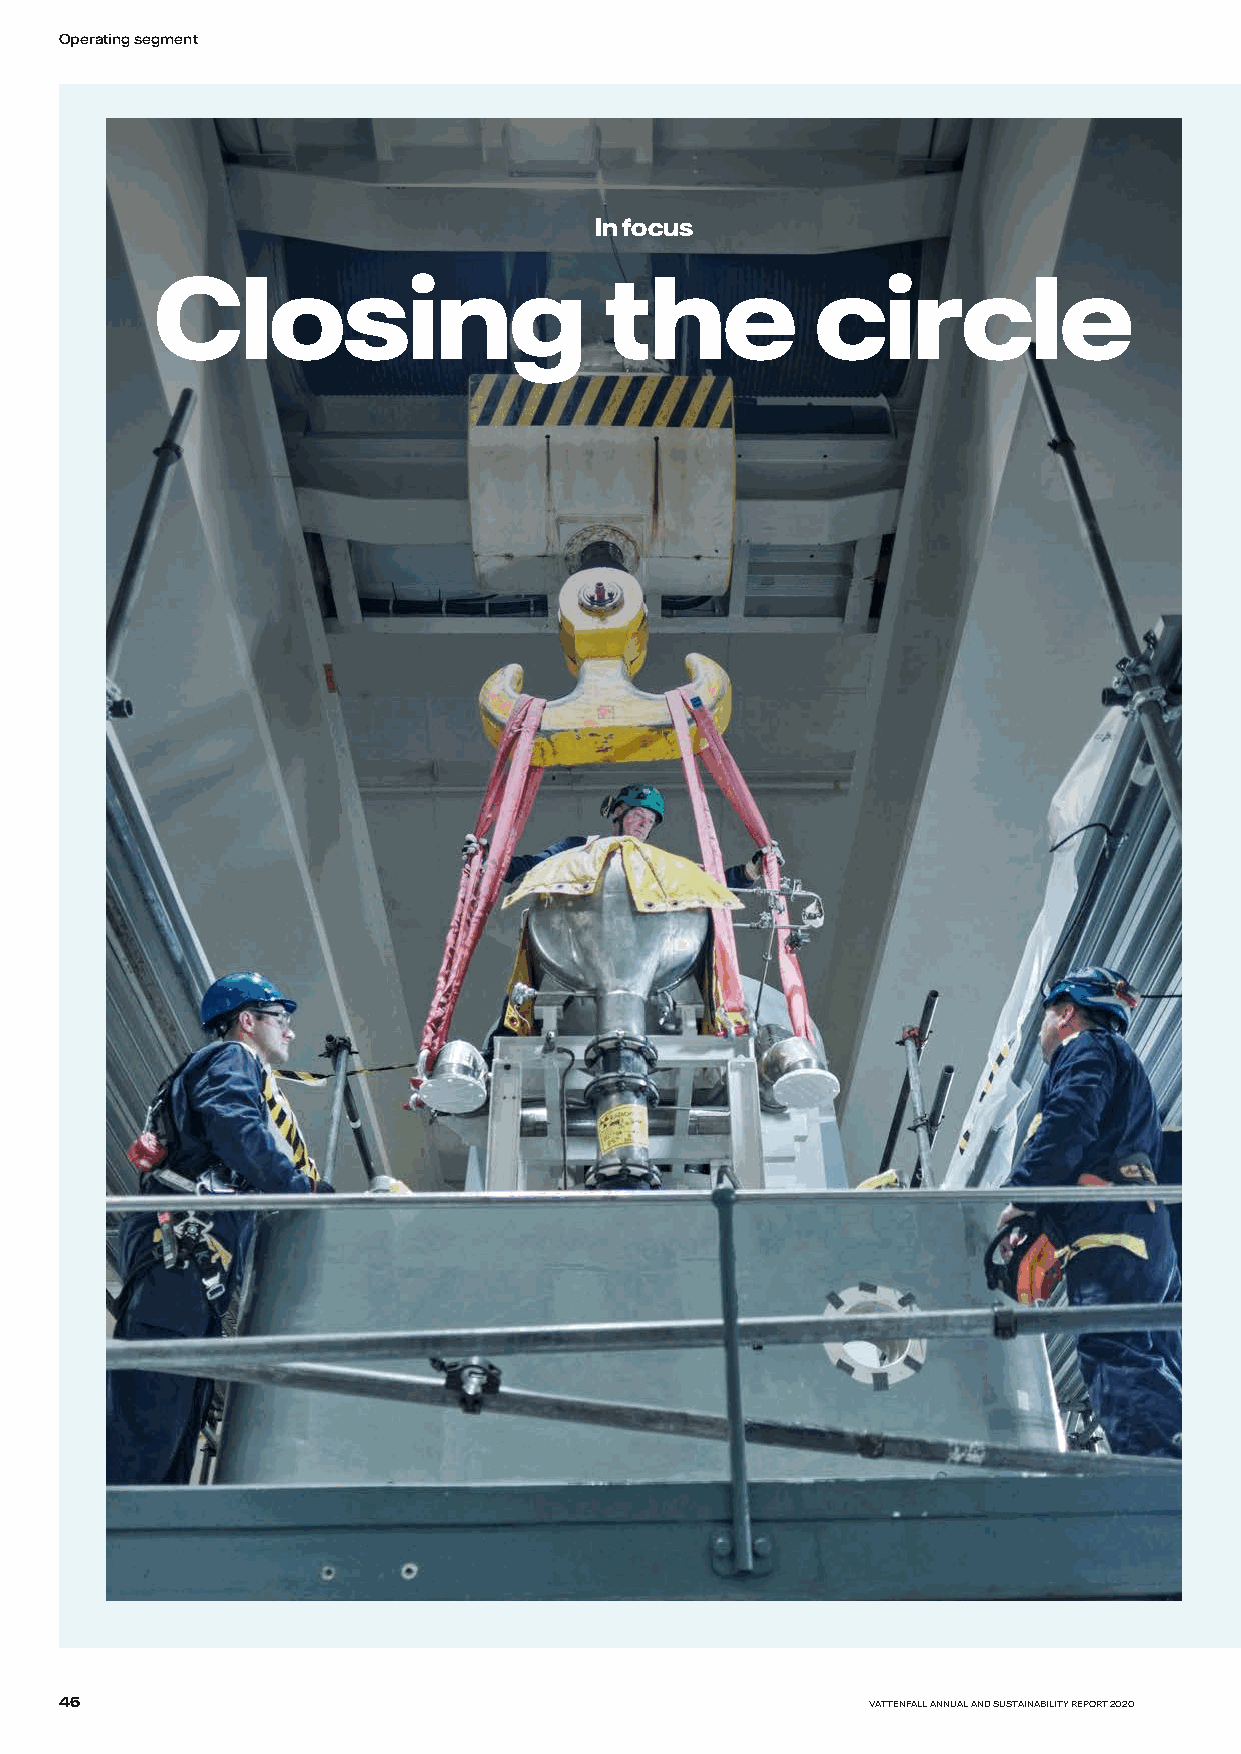
Operating segment
 In focus
 Closing                       the           circle
 46                                                    VATTENFALL ANNUAL AND SUSTAINABILITY REPORT 2020